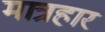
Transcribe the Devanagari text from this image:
मात्रहार